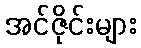
အင်ဇိုင်းများ